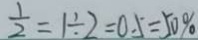
\frac { 1 } { 2 } = 1 \div 2 = 0 . 5 = 5 0 \%